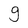
Character: g